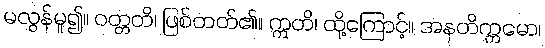
မလွန်မူ၍။ ဝတ္တတိ၊ ဖြစ်တတ်၏။ ဣတိ၊ ထို့ကြောင့်။ အနတိက္ကမော၊